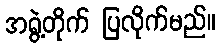
အရွဲ့တိုက် ပြလိုက်မည်။